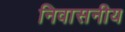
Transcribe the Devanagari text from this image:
निवासनीय